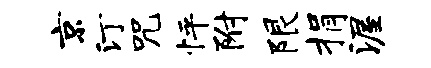
京汀咒怦附限捐渥